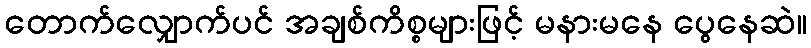
တောက်လျှောက်ပင် အချစ်ကိစ္စများဖြင့် မနားမနေ ပွေနေဆဲ။